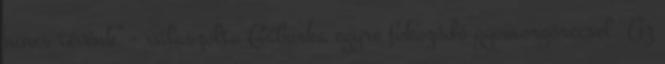
nincs tévénk” – válaszolta Gáborka egyre fokozódó gyomorgörccsel. Az